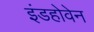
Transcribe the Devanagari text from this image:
इंडहोवेन